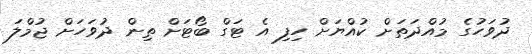
ދުވަހުގެ މުއްދަތަށް ކުއްޔަށް ހިފި އެ ޓަގް ބޯޓަށް ތިން ދުވަހަށް ޖުމްލަ